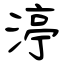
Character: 渟